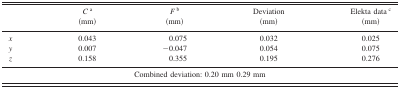
<table><thead><tr><td></td><td><b><i>C</i><sup>a</sup> (mm)</b></td><td><b><i>F</i><sup>b</sup> (mm)</b></td><td><b>Deviation (mm)</b></td><td><b>Elekta data<sup>c</sup> (mm)</b></td></tr></thead><tbody><tr><td><i>x</i></td><td>0.043</td><td>0.075</td><td>0.032</td><td>0.025</td></tr><tr><td><i>y</i></td><td>0.007</td><td>‐0.047</td><td>0.054</td><td>0.075</td></tr><tr><td><i>z</i></td><td>0.158</td><td>0.355</td><td>0.195</td><td>0276</td></tr><tr><td colspan="5">Combined deviation: 0.20 mm 0.29 mm</td></tr></tbody></table>